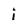
Character: i